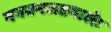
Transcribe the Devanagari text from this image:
ननवनजदृगालेः